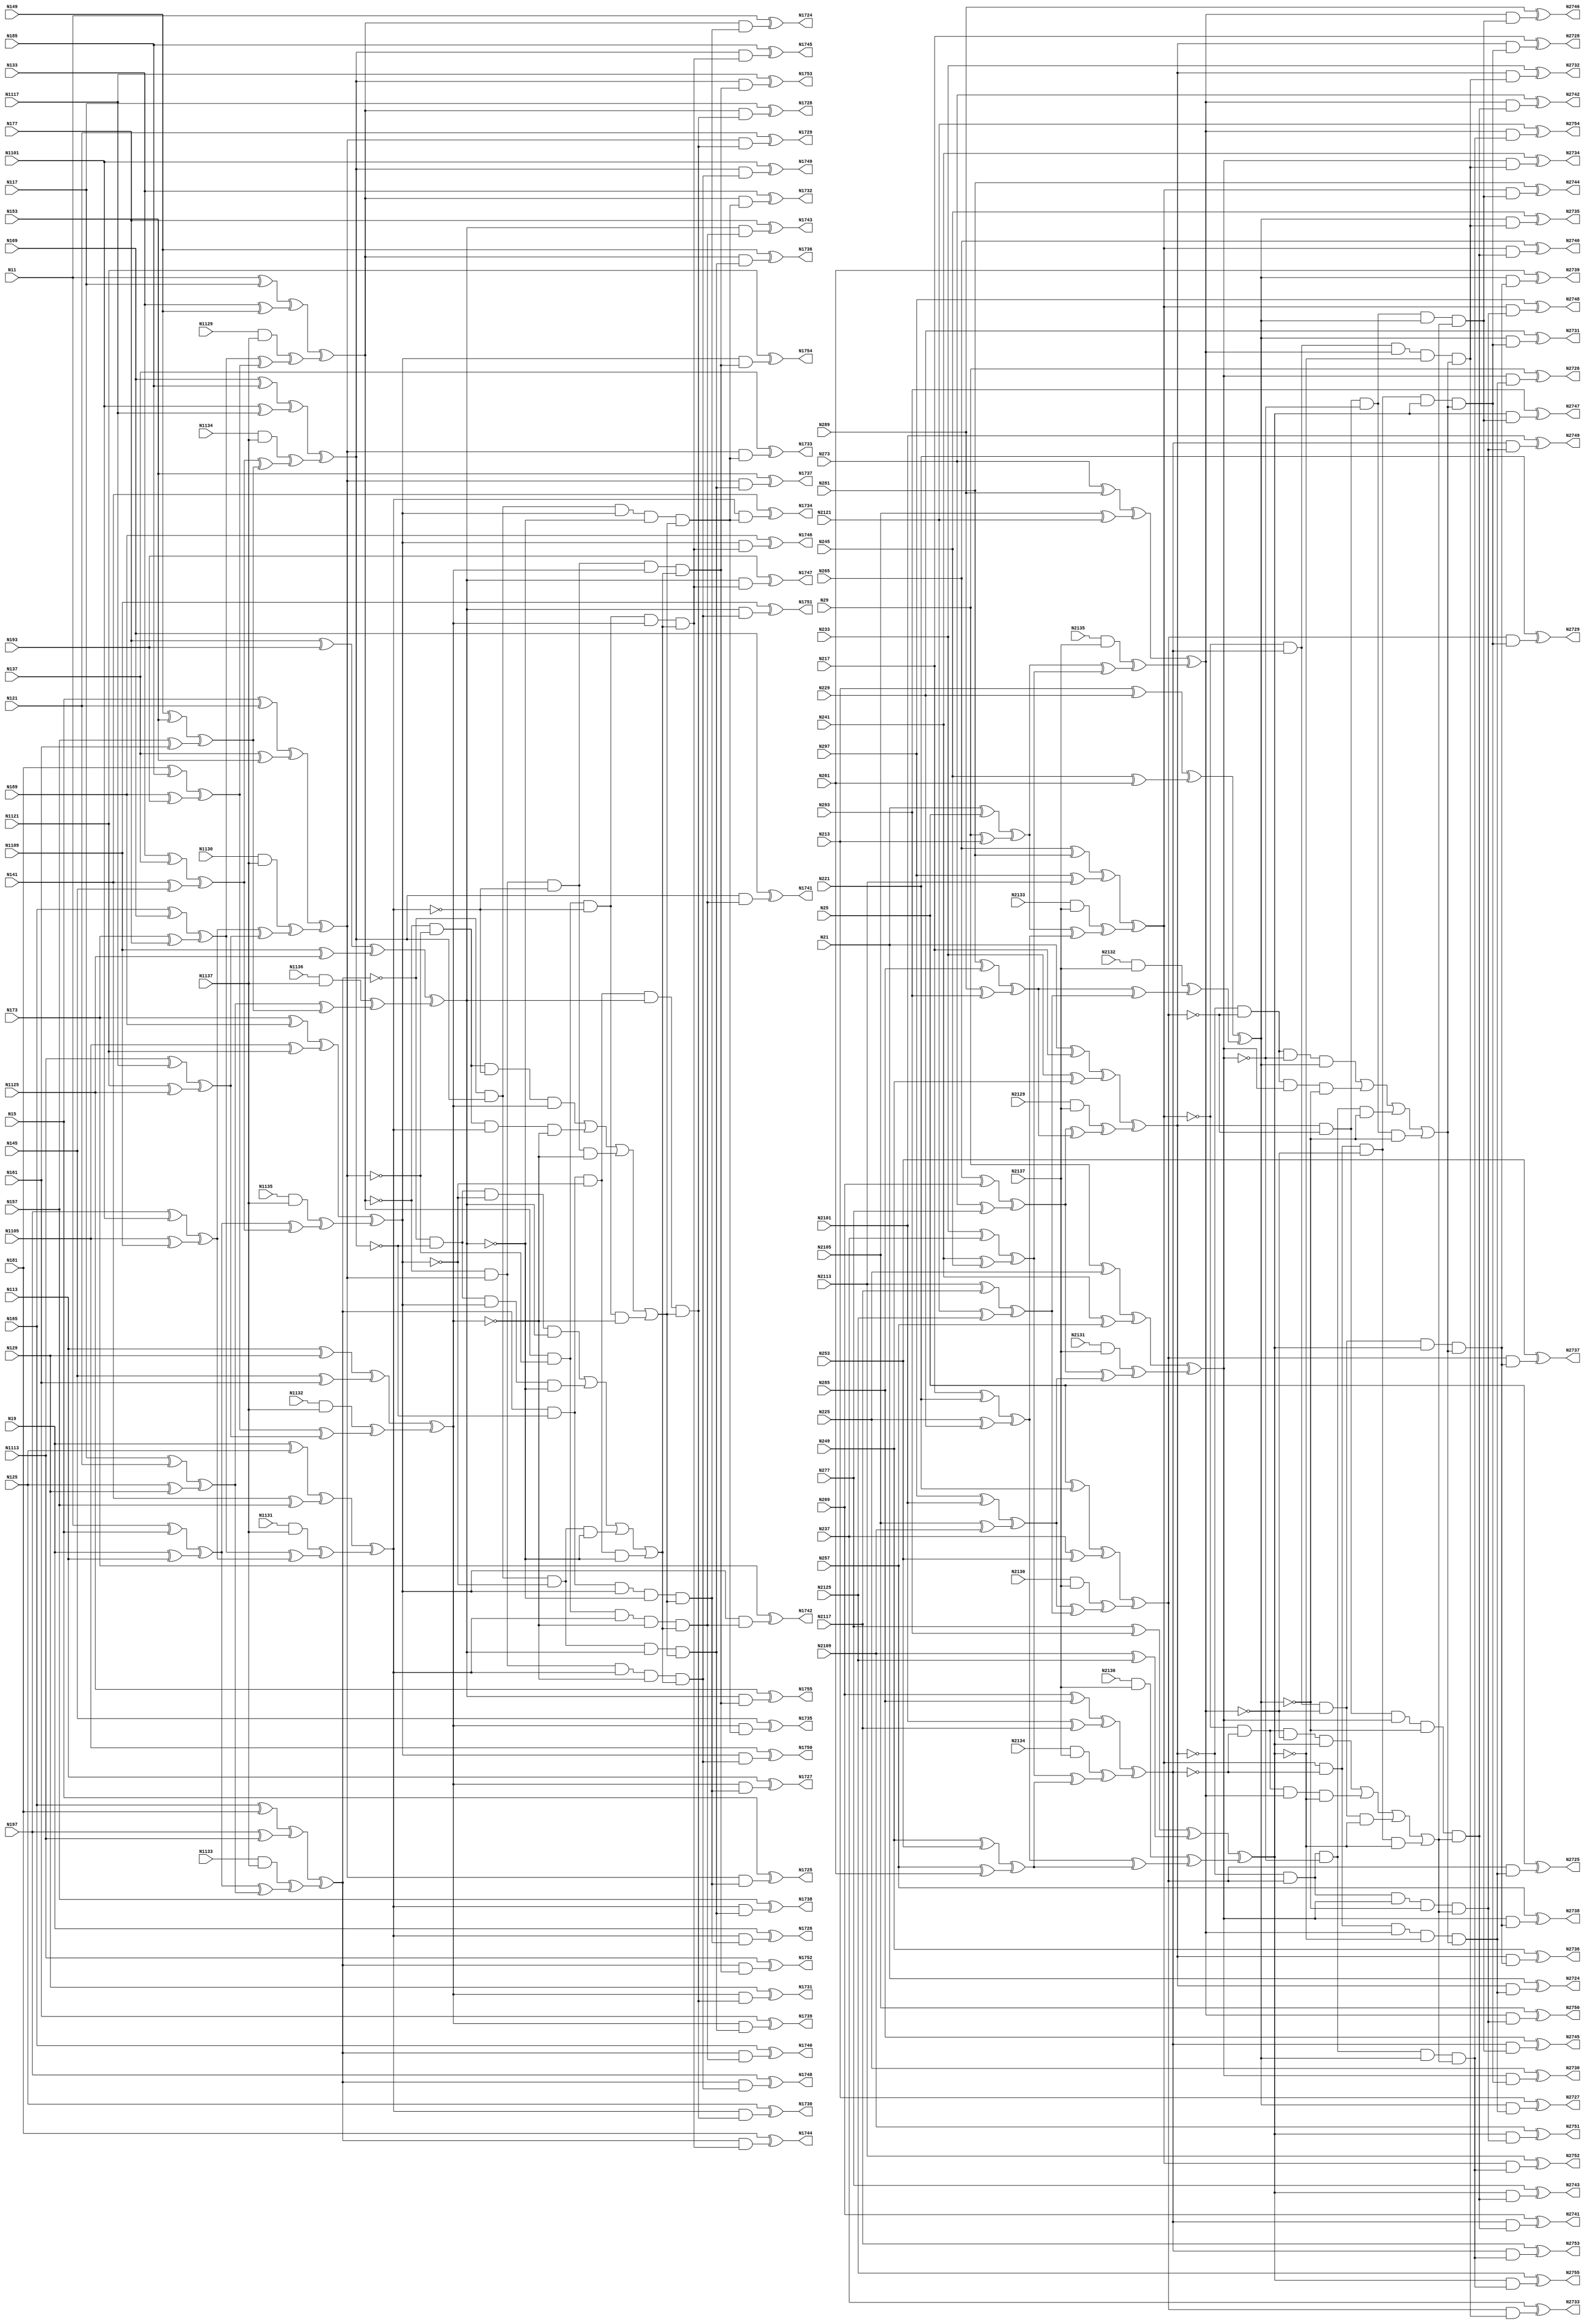
// Verilog
// c499
// Ninputs 41
// Noutputs 32
// NtotalGates 202
// XOR2 104
// AND2 40
// NOT1 40
// AND4 8
// OR4 2
// AND5 8

module c499d (N11,  N15,  N19,  N113, N117, N121, N125, N129, N133, N137,
             N141, N145, N149, N153, N157, N161, N165, N169, N173, N177,
             N181, N185, N189, N193, N197, N1101,N1105,N1109,N1113,N1117,
             N1121,N1125,N1129,N1130,N1131,N1132,N1133,N1134,N1135,N1136,
             N1137,N1724,N1725,N1726,N1727,N1728,N1729,N1730,N1731,N1732,
             N1733,N1734,N1735,N1736,N1737,N1738,N1739,N1740,N1741,N1742,
             N1743,N1744,N1745,N1746,N1747,N1748,N1749,N1750,N1751,N1752,
             N1753,N1754,N1755,
             N21,  N25,  N29,  N213, N217, N221, N225, N229, N233, N237,
             N241, N245, N249, N253, N257, N261, N265, N269, N273, N277,
             N281, N285, N289, N293, N297, N2101,N2105,N2109,N2113,N2117,
             N2121,N2125,N2129,N2130,N2131,N2132,N2133,N2134,N2135,N2136,
             N2137,N2724,N2725,N2726,N2727,N2728,N2729,N2730,N2731,N2732,
             N2733,N2734,N2735,N2736,N2737,N2738,N2739,N2740,N2741,N2742,
             N2743,N2744,N2745,N2746,N2747,N2748,N2749,N2750,N2751,N2752,
             N2753,N2754,N2755);

input N11,N15,N19,N113,N117,N121,N125,N129,N133,N137,
      N141,N145,N149,N153,N157,N161,N165,N169,N173,N177,
      N181,N185,N189,N193,N197,N1101,N1105,N1109,N1113,N1117,
      N1121,N1125,N1129,N1130,N1131,N1132,N1133,N1134,N1135,N1136,
      N1137,
      N21,N25,N29,N213,N217,N221,N225,N229,N233,N237,
      N241,N245,N249,N253,N257,N261,N265,N269,N273,N277,
      N281,N285,N289,N293,N297,N2101,N2105,N2109,N2113,N2117,
      N2121,N2125,N2129,N2130,N2131,N2132,N2133,N2134,N2135,N2136,
      N2137;

output N1724,N1725,N1726,N1727,N1728,N1729,N1730,N1731,N1732,N1733,
       N1734,N1735,N1736,N1737,N1738,N1739,N1740,N1741,N1742,N1743,
       N1744,N1745,N1746,N1747,N1748,N1749,N1750,N1751,N1752,N1753,
       N1754,N1755,
       N2724,N2725,N2726,N2727,N2728,N2729,N2730,N2731,N2732,N2733,
       N2734,N2735,N2736,N2737,N2738,N2739,N2740,N2741,N2742,N2743,
       N2744,N2745,N2746,N2747,N2748,N2749,N2750,N2751,N2752,N2753,
       N2754,N2755;

wire N1250,N1251,N1252,N1253,N1254,N1255,N1256,N1257,N1258,N1259,
     N1260,N1261,N1262,N1263,N1264,N1265,N1266,N1267,N1268,N1269,
     N1270,N1271,N1272,N1273,N1274,N1275,N1276,N1277,N1278,N1279,
     N1280,N1281,N1282,N1283,N1284,N1285,N1286,N1287,N1288,N1289,
     N1290,N1293,N1296,N1299,N1302,N1305,N1308,N1311,N1314,N1315,
     N1316,N1317,N1318,N1319,N1320,N1321,N1338,N1339,N1340,N1341,
     N1342,N1343,N1344,N1345,N1346,N1347,N1348,N1349,N1350,N1351,
     N1352,N1353,N1354,N1367,N1380,N1393,N1406,N1419,N1432,N1445,
     N1554,N1555,N1556,N1557,N1558,N1559,N1560,N1561,N1562,N1563,
     N1564,N1565,N1566,N1567,N1568,N1569,N1570,N1571,N1572,N1573,
     N1574,N1575,N1576,N1577,N1578,N1579,N1580,N1581,N1582,N1583,
     N1584,N1585,N1586,N1587,N1588,N1589,N1590,N1591,N1592,N1593,
     N1594,N1595,N1596,N1597,N1598,N1599,N1600,N1601,N1602,N1607,
     N1620,N1625,N1630,N1635,N1640,N1645,N1650,N1655,N1692,N1693,
     N1694,N1695,N1696,N1697,N1698,N1699,N1700,N1701,N1702,N1703,
     N1704,N1705,N1706,N1707,N1708,N1709,N1710,N1711,N1712,N1713,
     N1714,N1715,N1716,N1717,N1718,N1719,N1720,N1721,N1722,N1723,

     N2250,N2251,N2252,N2253,N2254,N2255,N2256,N2257,N2258,N2259,
     N2260,N2261,N2262,N2263,N2264,N2265,N2266,N2267,N2268,N2269,
     N2270,N2271,N2272,N2273,N2274,N2275,N2276,N2277,N2278,N2279,
     N2280,N2281,N2282,N2283,N2284,N2285,N2286,N2287,N2288,N2289,
     N2290,N2293,N2296,N2299,N2302,N2305,N2308,N2311,N2314,N2315,
     N2316,N2317,N2318,N2319,N2320,N2321,N2338,N2339,N2340,N2341,
     N2342,N2343,N2344,N2345,N2346,N2347,N2348,N2349,N2350,N2351,
     N2352,N2353,N2354,N2367,N2380,N2393,N2406,N2419,N2432,N2445,
     N2554,N2555,N2556,N2557,N2558,N2559,N2560,N2561,N2562,N2563,
     N2564,N2565,N2566,N2567,N2568,N2569,N2570,N2571,N2572,N2573,
     N2574,N2575,N2576,N2577,N2578,N2579,N2580,N2581,N2582,N2583,
     N2584,N2585,N2586,N2587,N2588,N2589,N2590,N2591,N2592,N2593,
     N2594,N2595,N2596,N2597,N2598,N2599,N2600,N2601,N2602,N2607,
     N2620,N2625,N2630,N2635,N2640,N2645,N2650,N2655,N2692,N2693,
     N2694,N2695,N2696,N2697,N2698,N2699,N2700,N2701,N2702,N2703,
     N2704,N2705,N2706,N2707,N2708,N2709,N2710,N2711,N2712,N2713,
     N2714,N2715,N2716,N2717,N2718,N2719,N2720,N2721,N2722,N2723;

xor XOR2_11 (N1250, N11, N15);
xor XOR2_12 (N1251, N19, N113);
xor XOR2_13 (N1252, N117, N121);
xor XOR2_14 (N1253, N125, N129);
xor XOR2_15 (N1254, N133, N137);
xor XOR2_16 (N1255, N141, N145);
xor XOR2_17 (N1256, N149, N153);
xor XOR2_18 (N1257, N157, N161);
xor XOR2_19 (N1258, N165, N169);
xor XOR2_110 (N1259, N173, N177);
xor XOR2_111 (N1260, N181, N185);
xor XOR2_112 (N1261, N189, N193);
xor XOR2_113 (N1262, N197, N1101);
xor XOR2_114 (N1263, N1105, N1109);
xor XOR2_115 (N1264, N1113, N1117);
xor XOR2_116 (N1265, N1121, N1125);
and AND2_117 (N1266, N1129, N1137);
and AND2_118 (N1267, N1130, N1137);
and AND2_119 (N1268, N1131, N1137);
and AND2_120 (N1269, N1132, N1137);
and AND2_121 (N1270, N1133, N1137);
and AND2_122 (N1271, N1134, N1137);
and AND2_123 (N1272, N1135, N1137);
and AND2_124 (N1273, N1136, N1137);
xor XOR2_125 (N1274, N11, N117);
xor XOR2_126 (N1275, N133, N149);
xor XOR2_127 (N1276, N15, N121);
xor XOR2_128 (N1277, N137, N153);
xor XOR2_129 (N1278, N19, N125);
xor XOR2_130 (N1279, N141, N157);
xor XOR2_131 (N1280, N113, N129);
xor XOR2_132 (N1281, N145, N161);
xor XOR2_133 (N1282, N165, N181);
xor XOR2_134 (N1283, N197, N1113);
xor XOR2_135 (N1284, N169, N185);
xor XOR2_136 (N1285, N1101, N1117);
xor XOR2_137 (N1286, N173, N189);
xor XOR2_138 (N1287, N1105, N1121);
xor XOR2_139 (N1288, N177, N193);
xor XOR2_140 (N1289, N1109, N1125);
xor XOR2_141 (N1290, N1250, N1251);
xor XOR2_142 (N1293, N1252, N1253);
xor XOR2_143 (N1296, N1254, N1255);
xor XOR2_144 (N1299, N1256, N1257);
xor XOR2_145 (N1302, N1258, N1259);
xor XOR2_146 (N1305, N1260, N1261);
xor XOR2_147 (N1308, N1262, N1263);
xor XOR2_148 (N1311, N1264, N1265);
xor XOR2_149 (N1314, N1274, N1275);
xor XOR2_150 (N1315, N1276, N1277);
xor XOR2_151 (N1316, N1278, N1279);
xor XOR2_152 (N1317, N1280, N1281);
xor XOR2_153 (N1318, N1282, N1283);
xor XOR2_154 (N1319, N1284, N1285);
xor XOR2_155 (N1320, N1286, N1287);
xor XOR2_156 (N1321, N1288, N1289);
xor XOR2_157 (N1338, N1290, N1293);
xor XOR2_158 (N1339, N1296, N1299);
xor XOR2_159 (N1340, N1290, N1296);
xor XOR2_160 (N1341, N1293, N1299);
xor XOR2_161 (N1342, N1302, N1305);
xor XOR2_162 (N1343, N1308, N1311);
xor XOR2_163 (N1344, N1302, N1308);
xor XOR2_164 (N1345, N1305, N1311);
xor XOR2_165 (N1346, N1266, N1342);
xor XOR2_166 (N1347, N1267, N1343);
xor XOR2_167 (N1348, N1268, N1344);
xor XOR2_168 (N1349, N1269, N1345);
xor XOR2_169 (N1350, N1270, N1338);
xor XOR2_170 (N1351, N1271, N1339);
xor XOR2_171 (N1352, N1272, N1340);
xor XOR2_172 (N1353, N1273, N1341);
xor XOR2_173 (N1354, N1314, N1346);
xor XOR2_174 (N1367, N1315, N1347);
xor XOR2_175 (N1380, N1316, N1348);
xor XOR2_176 (N1393, N1317, N1349);
xor XOR2_177 (N1406, N1318, N1350);
xor XOR2_178 (N1419, N1319, N1351);
xor XOR2_179 (N1432, N1320, N1352);
xor XOR2_180 (N1445, N1321, N1353);
not NOT1_181 (N1554, N1354);
not NOT1_182 (N1555, N1367);
not NOT1_183 (N1556, N1380);
not NOT1_184 (N1557, N1354);
not NOT1_185 (N1558, N1367);
not NOT1_186 (N1559, N1393);
not NOT1_187 (N1560, N1354);
not NOT1_188 (N1561, N1380);
not NOT1_189 (N1562, N1393);
not NOT1_190 (N1563, N1367);
not NOT1_191 (N1564, N1380);
not NOT1_192 (N1565, N1393);
not NOT1_193 (N1566, N1419);
not NOT1_194 (N1567, N1445);
not NOT1_195 (N1568, N1419);
not NOT1_196 (N1569, N1432);
not NOT1_197 (N1570, N1406);
not NOT1_198 (N1571, N1445);
not NOT1_199 (N1572, N1406);
not NOT1_1100 (N1573, N1432);
not NOT1_1101 (N1574, N1406);
not NOT1_1102 (N1575, N1419);
not NOT1_1103 (N1576, N1432);
not NOT1_1104 (N1577, N1406);
not NOT1_1105 (N1578, N1419);
not NOT1_1106 (N1579, N1445);
not NOT1_1107 (N1580, N1406);
not NOT1_1108 (N1581, N1432);
not NOT1_1109 (N1582, N1445);
not NOT1_1110 (N1583, N1419);
not NOT1_1111 (N1584, N1432);
not NOT1_1112 (N1585, N1445);
not NOT1_1113 (N1586, N1367);
not NOT1_1114 (N1587, N1393);
not NOT1_1115 (N1588, N1367);
not NOT1_1116 (N1589, N1380);
not NOT1_1117 (N1590, N1354);
not NOT1_1118 (N1591, N1393);
not NOT1_1119 (N1592, N1354);
not NOT1_1120 (N1593, N1380);
and AND4_1121 (N1594, N1554, N1555, N1556, N1393);
and AND4_1122 (N1595, N1557, N1558, N1380, N1559);
and AND4_1123 (N1596, N1560, N1367, N1561, N1562);
and AND4_1124 (N1597, N1354, N1563, N1564, N1565);
and AND4_1125 (N1598, N1574, N1575, N1576, N1445);
and AND4_1126 (N1599, N1577, N1578, N1432, N1579);
and AND4_1127 (N1600, N1580, N1419, N1581, N1582);
and AND4_1128 (N1601, N1406, N1583, N1584, N1585);
or OR4_1129 (N1602, N1594, N1595, N1596, N1597);
or OR4_1130 (N1607, N1598, N1599, N1600, N1601);
and AND5_1131 (N1620, N1406, N1566, N1432, N1567, N1602);
and AND5_1132 (N1625, N1406, N1568, N1569, N1445, N1602);
and AND5_1133 (N1630, N1570, N1419, N1432, N1571, N1602);
and AND5_1134 (N1635, N1572, N1419, N1573, N1445, N1602);
and AND5_1135 (N1640, N1354, N1586, N1380, N1587, N1607);
and AND5_1136 (N1645, N1354, N1588, N1589, N1393, N1607);
and AND5_1137 (N1650, N1590, N1367, N1380, N1591, N1607);
and AND5_1138 (N1655, N1592, N1367, N1593, N1393, N1607);
and AND2_1139 (N1692, N1354, N1620);
and AND2_1140 (N1693, N1367, N1620);
and AND2_1141 (N1694, N1380, N1620);
and AND2_1142 (N1695, N1393, N1620);
and AND2_1143 (N1696, N1354, N1625);
and AND2_1144 (N1697, N1367, N1625);
and AND2_1145 (N1698, N1380, N1625);
and AND2_1146 (N1699, N1393, N1625);
and AND2_1147 (N1700, N1354, N1630);
and AND2_1148 (N1701, N1367, N1630);
and AND2_1149 (N1702, N1380, N1630);
and AND2_1150 (N1703, N1393, N1630);
and AND2_1151 (N1704, N1354, N1635);
and AND2_1152 (N1705, N1367, N1635);
and AND2_1153 (N1706, N1380, N1635);
and AND2_1154 (N1707, N1393, N1635);
and AND2_1155 (N1708, N1406, N1640);
and AND2_1156 (N1709, N1419, N1640);
and AND2_1157 (N1710, N1432, N1640);
and AND2_1158 (N1711, N1445, N1640);
and AND2_1159 (N1712, N1406, N1645);
and AND2_1160 (N1713, N1419, N1645);
and AND2_1161 (N1714, N1432, N1645);
and AND2_1162 (N1715, N1445, N1645);
and AND2_1163 (N1716, N1406, N1650);
and AND2_1164 (N1717, N1419, N1650);
and AND2_1165 (N1718, N1432, N1650);
and AND2_1166 (N1719, N1445, N1650);
and AND2_1167 (N1720, N1406, N1655);
and AND2_1168 (N1721, N1419, N1655);
and AND2_1169 (N1722, N1432, N1655);
and AND2_1170 (N1723, N1445, N1655);
xor XOR2_1171 (N1724, N11, N1692);
xor XOR2_1172 (N1725, N15, N1693);
xor XOR2_1173 (N1726, N19, N1694);
xor XOR2_1174 (N1727, N113, N1695);
xor XOR2_1175 (N1728, N117, N1696);
xor XOR2_1176 (N1729, N121, N1697);
xor XOR2_1177 (N1730, N125, N1698);
xor XOR2_1178 (N1731, N129, N1699);
xor XOR2_1179 (N1732, N133, N1700);
xor XOR2_1180 (N1733, N137, N1701);
xor XOR2_1181 (N1734, N141, N1702);
xor XOR2_1182 (N1735, N145, N1703);
xor XOR2_1183 (N1736, N149, N1704);
xor XOR2_1184 (N1737, N153, N1705);
xor XOR2_1185 (N1738, N157, N1706);
xor XOR2_1186 (N1739, N161, N1707);
xor XOR2_1187 (N1740, N165, N1708);
xor XOR2_1188 (N1741, N169, N1709);
xor XOR2_1189 (N1742, N173, N1710);
xor XOR2_1190 (N1743, N177, N1711);
xor XOR2_1191 (N1744, N181, N1712);
xor XOR2_1192 (N1745, N185, N1713);
xor XOR2_1193 (N1746, N189, N1714);
xor XOR2_1194 (N1747, N193, N1715);
xor XOR2_1195 (N1748, N197, N1716);
xor XOR2_1196 (N1749, N1101, N1717);
xor XOR2_1197 (N1750, N1105, N1718);
xor XOR2_1198 (N1751, N1109, N1719);
xor XOR2_1199 (N1752, N1113, N1720);
xor XOR2_1200 (N1753, N1117, N1721);
xor XOR2_1201 (N1754, N1121, N1722);
xor XOR2_1202 (N1755, N1125, N1723);

xor XOR2_21 (N2250, N21, N25);
xor XOR2_22 (N2251, N29, N213);
xor XOR2_23 (N2252, N217, N221);
xor XOR2_24 (N2253, N225, N229);
xor XOR2_25 (N2254, N233, N237);
xor XOR2_26 (N2255, N241, N245);
xor XOR2_27 (N2256, N249, N253);
xor XOR2_28 (N2257, N257, N261);
xor XOR2_29 (N2258, N265, N269);
xor XOR2_210 (N2259, N273, N277);
xor XOR2_211 (N2260, N281, N285);
xor XOR2_212 (N2261, N289, N293);
xor XOR2_213 (N2262, N297, N2101);
xor XOR2_214 (N2263, N2105, N2109);
xor XOR2_215 (N2264, N2113, N2117);
xor XOR2_216 (N2265, N2121, N2125);
and AND2_217 (N2266, N2129, N2137);
and AND2_218 (N2267, N2130, N2137);
and AND2_219 (N2268, N2131, N2137);
and AND2_220 (N2269, N2132, N2137);
and AND2_221 (N2270, N2133, N2137);
and AND2_222 (N2271, N2134, N2137);
and AND2_223 (N2272, N2135, N2137);
and AND2_224 (N2273, N2136, N2137);
xor XOR2_225 (N2274, N21, N217);
xor XOR2_226 (N2275, N233, N249);
xor XOR2_227 (N2276, N25, N221);
xor XOR2_228 (N2277, N237, N253);
xor XOR2_229 (N2278, N29, N225);
xor XOR2_230 (N2279, N241, N257);
xor XOR2_231 (N2280, N213, N229);
xor XOR2_232 (N2281, N245, N261);
xor XOR2_233 (N2282, N265, N281);
xor XOR2_234 (N2283, N297, N2113);
xor XOR2_235 (N2284, N269, N285);
xor XOR2_236 (N2285, N2101, N2117);
xor XOR2_237 (N2286, N273, N289);
xor XOR2_238 (N2287, N2105, N2121);
xor XOR2_239 (N2288, N277, N293);
xor XOR2_240 (N2289, N2109, N2125);
xor XOR2_241 (N2290, N2250, N2251);
xor XOR2_242 (N2293, N2252, N2253);
xor XOR2_243 (N2296, N2254, N2255);
xor XOR2_244 (N2299, N2256, N2257);
xor XOR2_245 (N2302, N2258, N2259);
xor XOR2_246 (N2305, N2260, N2261);
xor XOR2_247 (N2308, N2262, N2263);
xor XOR2_248 (N2311, N2264, N2265);
xor XOR2_249 (N2314, N2274, N2275);
xor XOR2_250 (N2315, N2276, N2277);
xor XOR2_251 (N2316, N2278, N2279);
xor XOR2_252 (N2317, N2280, N2281);
xor XOR2_253 (N2318, N2282, N2283);
xor XOR2_254 (N2319, N2284, N2285);
xor XOR2_255 (N2320, N2286, N2287);
xor XOR2_256 (N2321, N2288, N2289);
xor XOR2_257 (N2338, N2290, N2293);
xor XOR2_258 (N2339, N2296, N2299);
xor XOR2_259 (N2340, N2290, N2296);
xor XOR2_260 (N2341, N2293, N2299);
xor XOR2_261 (N2342, N2302, N2305);
xor XOR2_262 (N2343, N2308, N2311);
xor XOR2_263 (N2344, N2302, N2308);
xor XOR2_264 (N2345, N2305, N2311);
xor XOR2_265 (N2346, N2266, N2342);
xor XOR2_266 (N2347, N2267, N2343);
xor XOR2_267 (N2348, N2268, N2344);
xor XOR2_268 (N2349, N2269, N2345);
xor XOR2_269 (N2350, N2270, N2338);
xor XOR2_270 (N2351, N2271, N2339);
xor XOR2_271 (N2352, N2272, N2340);
xor XOR2_272 (N2353, N2273, N2341);
xor XOR2_273 (N2354, N2314, N2346);
xor XOR2_274 (N2367, N2315, N2347);
xor XOR2_275 (N2380, N2316, N2348);
xor XOR2_276 (N2393, N2317, N2349);
xor XOR2_277 (N2406, N2318, N2350);
xor XOR2_278 (N2419, N2319, N2351);
xor XOR2_279 (N2432, N2320, N2352);
xor XOR2_280 (N2445, N2321, N2353);
not NOT1_281 (N2554, N2354);
not NOT1_282 (N2555, N2367);
not NOT1_283 (N2556, N2380);
not NOT1_284 (N2557, N2354);
not NOT1_285 (N2558, N2367);
not NOT1_286 (N2559, N2393);
not NOT1_287 (N2560, N2354);
not NOT1_288 (N2561, N2380);
not NOT1_289 (N2562, N2393);
not NOT1_290 (N2563, N2367);
not NOT1_291 (N2564, N2380);
not NOT1_292 (N2565, N2393);
not NOT1_293 (N2566, N2419);
not NOT1_294 (N2567, N2445);
not NOT1_295 (N2568, N2419);
not NOT1_296 (N2569, N2432);
not NOT1_297 (N2570, N2406);
not NOT1_298 (N2571, N2445);
not NOT1_299 (N2572, N2406);
not NOT1_2100 (N2573, N2432);
not NOT1_2101 (N2574, N2406);
not NOT1_2102 (N2575, N2419);
not NOT1_2103 (N2576, N2432);
not NOT1_2104 (N2577, N2406);
not NOT1_2105 (N2578, N2419);
not NOT1_2106 (N2579, N2445);
not NOT1_2107 (N2580, N2406);
not NOT1_2108 (N2581, N2432);
not NOT1_2109 (N2582, N2445);
not NOT1_2110 (N2583, N2419);
not NOT1_2111 (N2584, N2432);
not NOT1_2112 (N2585, N2445);
not NOT1_2113 (N2586, N2367);
not NOT1_2114 (N2587, N2393);
not NOT1_2115 (N2588, N2367);
not NOT1_2116 (N2589, N2380);
not NOT1_2117 (N2590, N2354);
not NOT1_2118 (N2591, N2393);
not NOT1_2119 (N2592, N2354);
not NOT1_2120 (N2593, N2380);
and AND4_2121 (N2594, N2554, N2555, N2556, N2393);
and AND4_2122 (N2595, N2557, N2558, N2380, N2559);
and AND4_2123 (N2596, N2560, N2367, N2561, N2562);
and AND4_2124 (N2597, N2354, N2563, N2564, N2565);
and AND4_2125 (N2598, N2574, N2575, N2576, N2445);
and AND4_2126 (N2599, N2577, N2578, N2432, N2579);
and AND4_2127 (N2600, N2580, N2419, N2581, N2582);
and AND4_2128 (N2601, N2406, N2583, N2584, N2585);
or OR4_2129 (N2602, N2594, N2595, N2596, N2597);
or OR4_2130 (N2607, N2598, N2599, N2600, N2601);
and AND5_2131 (N2620, N2406, N2566, N2432, N2567, N2602);
and AND5_2132 (N2625, N2406, N2568, N2569, N2445, N2602);
and AND5_2133 (N2630, N2570, N2419, N2432, N2571, N2602);
and AND5_2134 (N2635, N2572, N2419, N2573, N2445, N2602);
and AND5_2135 (N2640, N2354, N2586, N2380, N2587, N2607);
and AND5_2136 (N2645, N2354, N2588, N2589, N2393, N2607);
and AND5_2137 (N2650, N2590, N2367, N2380, N2591, N2607);
and AND5_2138 (N2655, N2592, N2367, N2593, N2393, N2607);
and AND2_2139 (N2692, N2354, N2620);
and AND2_2140 (N2693, N2367, N2620);
and AND2_2141 (N2694, N2380, N2620);
and AND2_2142 (N2695, N2393, N2620);
and AND2_2143 (N2696, N2354, N2625);
and AND2_2144 (N2697, N2367, N2625);
and AND2_2145 (N2698, N2380, N2625);
and AND2_2146 (N2699, N2393, N2625);
and AND2_2147 (N2700, N2354, N2630);
and AND2_2148 (N2701, N2367, N2630);
and AND2_2149 (N2702, N2380, N2630);
and AND2_2150 (N2703, N2393, N2630);
and AND2_2151 (N2704, N2354, N2635);
and AND2_2152 (N2705, N2367, N2635);
and AND2_2153 (N2706, N2380, N2635);
and AND2_2154 (N2707, N2393, N2635);
and AND2_2155 (N2708, N2406, N2640);
and AND2_2156 (N2709, N2419, N2640);
and AND2_2157 (N2710, N2432, N2640);
and AND2_2158 (N2711, N2445, N2640);
and AND2_2159 (N2712, N2406, N2645);
and AND2_2160 (N2713, N2419, N2645);
and AND2_2161 (N2714, N2432, N2645);
and AND2_2162 (N2715, N2445, N2645);
and AND2_2163 (N2716, N2406, N2650);
and AND2_2164 (N2717, N2419, N2650);
and AND2_2165 (N2718, N2432, N2650);
and AND2_2166 (N2719, N2445, N2650);
and AND2_2167 (N2720, N2406, N2655);
and AND2_2168 (N2721, N2419, N2655);
and AND2_2169 (N2722, N2432, N2655);
and AND2_2170 (N2723, N2445, N2655);
xor XOR2_2171 (N2724, N21, N2692);
xor XOR2_2172 (N2725, N25, N2693);
xor XOR2_2173 (N2726, N29, N2694);
xor XOR2_2174 (N2727, N213, N2695);
xor XOR2_2175 (N2728, N217, N2696);
xor XOR2_2176 (N2729, N221, N2697);
xor XOR2_2177 (N2730, N225, N2698);
xor XOR2_2178 (N2731, N229, N2699);
xor XOR2_2179 (N2732, N233, N2700);
xor XOR2_2180 (N2733, N237, N2701);
xor XOR2_2181 (N2734, N241, N2702);
xor XOR2_2182 (N2735, N245, N2703);
xor XOR2_2183 (N2736, N249, N2704);
xor XOR2_2184 (N2737, N253, N2705);
xor XOR2_2185 (N2738, N257, N2706);
xor XOR2_2186 (N2739, N261, N2707);
xor XOR2_2187 (N2740, N265, N2708);
xor XOR2_2188 (N2741, N269, N2709);
xor XOR2_2189 (N2742, N273, N2710);
xor XOR2_2190 (N2743, N277, N2711);
xor XOR2_2191 (N2744, N281, N2712);
xor XOR2_2192 (N2745, N285, N2713);
xor XOR2_2193 (N2746, N289, N2714);
xor XOR2_2194 (N2747, N293, N2715);
xor XOR2_2195 (N2748, N297, N2716);
xor XOR2_2196 (N2749, N2101, N2717);
xor XOR2_2197 (N2750, N2105, N2718);
xor XOR2_2198 (N2751, N2109, N2719);
xor XOR2_2199 (N2752, N2113, N2720);
xor XOR2_2200 (N2753, N2117, N2721);
xor XOR2_2201 (N2754, N2121, N2722);
xor XOR2_2202 (N2755, N2125, N2723);

endmodule